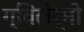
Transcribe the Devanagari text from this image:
ग्विलेर्मो